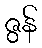
ဇွန်